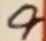
Text: 9